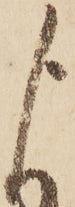
よ